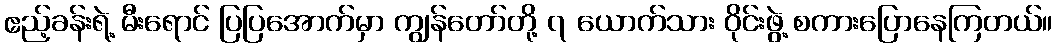
ဧည့်ခန်းရဲ့ မီးရောင် ပြပြအောက်မှာ ကျွန်တော်တို့ ၇ ယောက်သား ဝိုင်းဖွဲ့ စကားပြောနေကြတယ်။